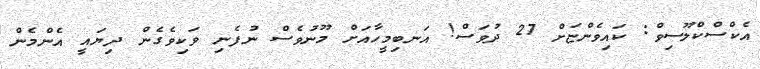
އެކްސްކްލޫސިވް: ކައިވެންޏަށް 27 ދުވަސް! އަނބިމީހާއަށް މޫނުވެސް ނުފެނި ވަކިވެގެން ދިޔައީ އެންމެން